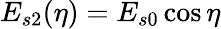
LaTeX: E_{s2}(\eta)=E_{s0}\cos\eta